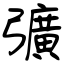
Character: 彍